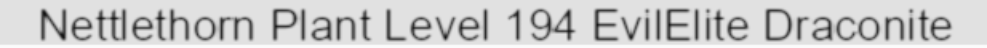
Nettlethorn Plant Level 194 EvilElite Draconite